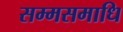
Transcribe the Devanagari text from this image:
सम्मसमाधि